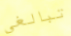
تبالغي